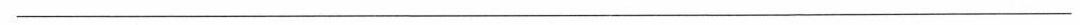
___